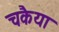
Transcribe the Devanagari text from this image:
चकैया